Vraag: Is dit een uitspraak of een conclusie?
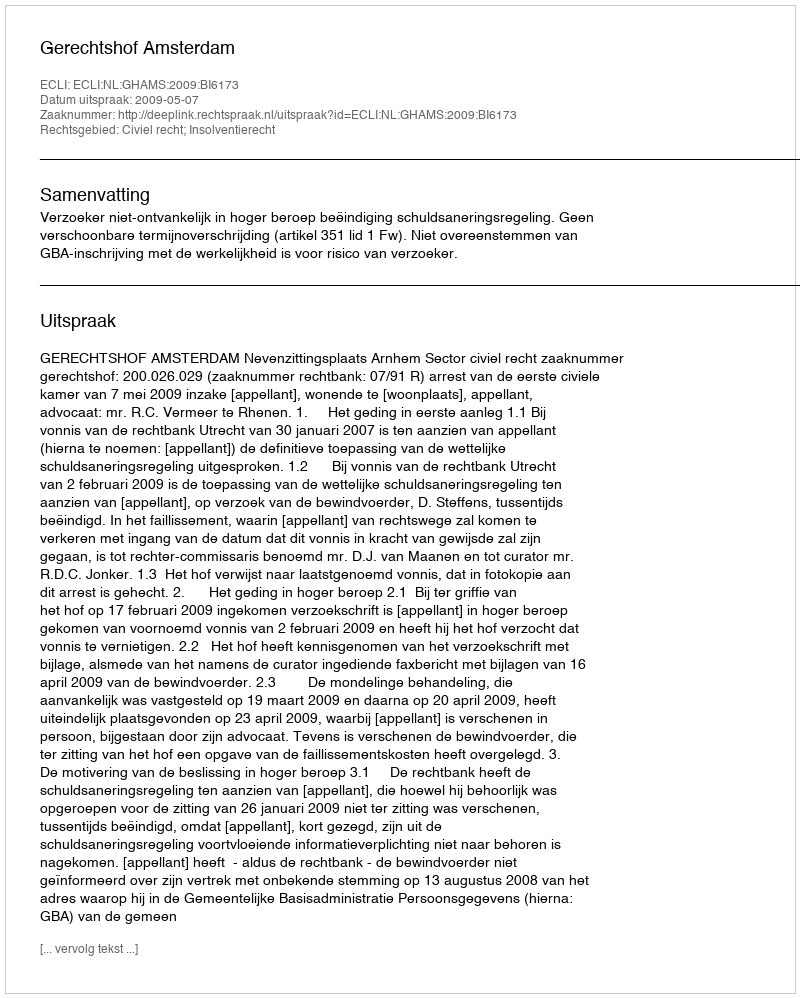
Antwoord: Uitspraak